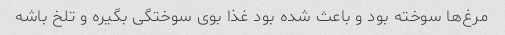
مرغ‌ها سوخته بود و باعث شده بود غذا بوی سوختگی بگیره و تلخ باشه